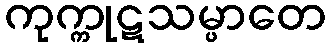
ကုက္ကုဋသမ္ပာတေ